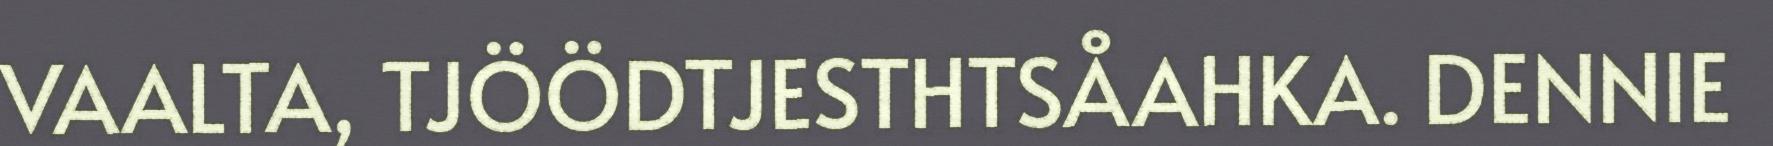
VAALTA, TJÖÖDTJESTHTSÅAHKA. DENNIE